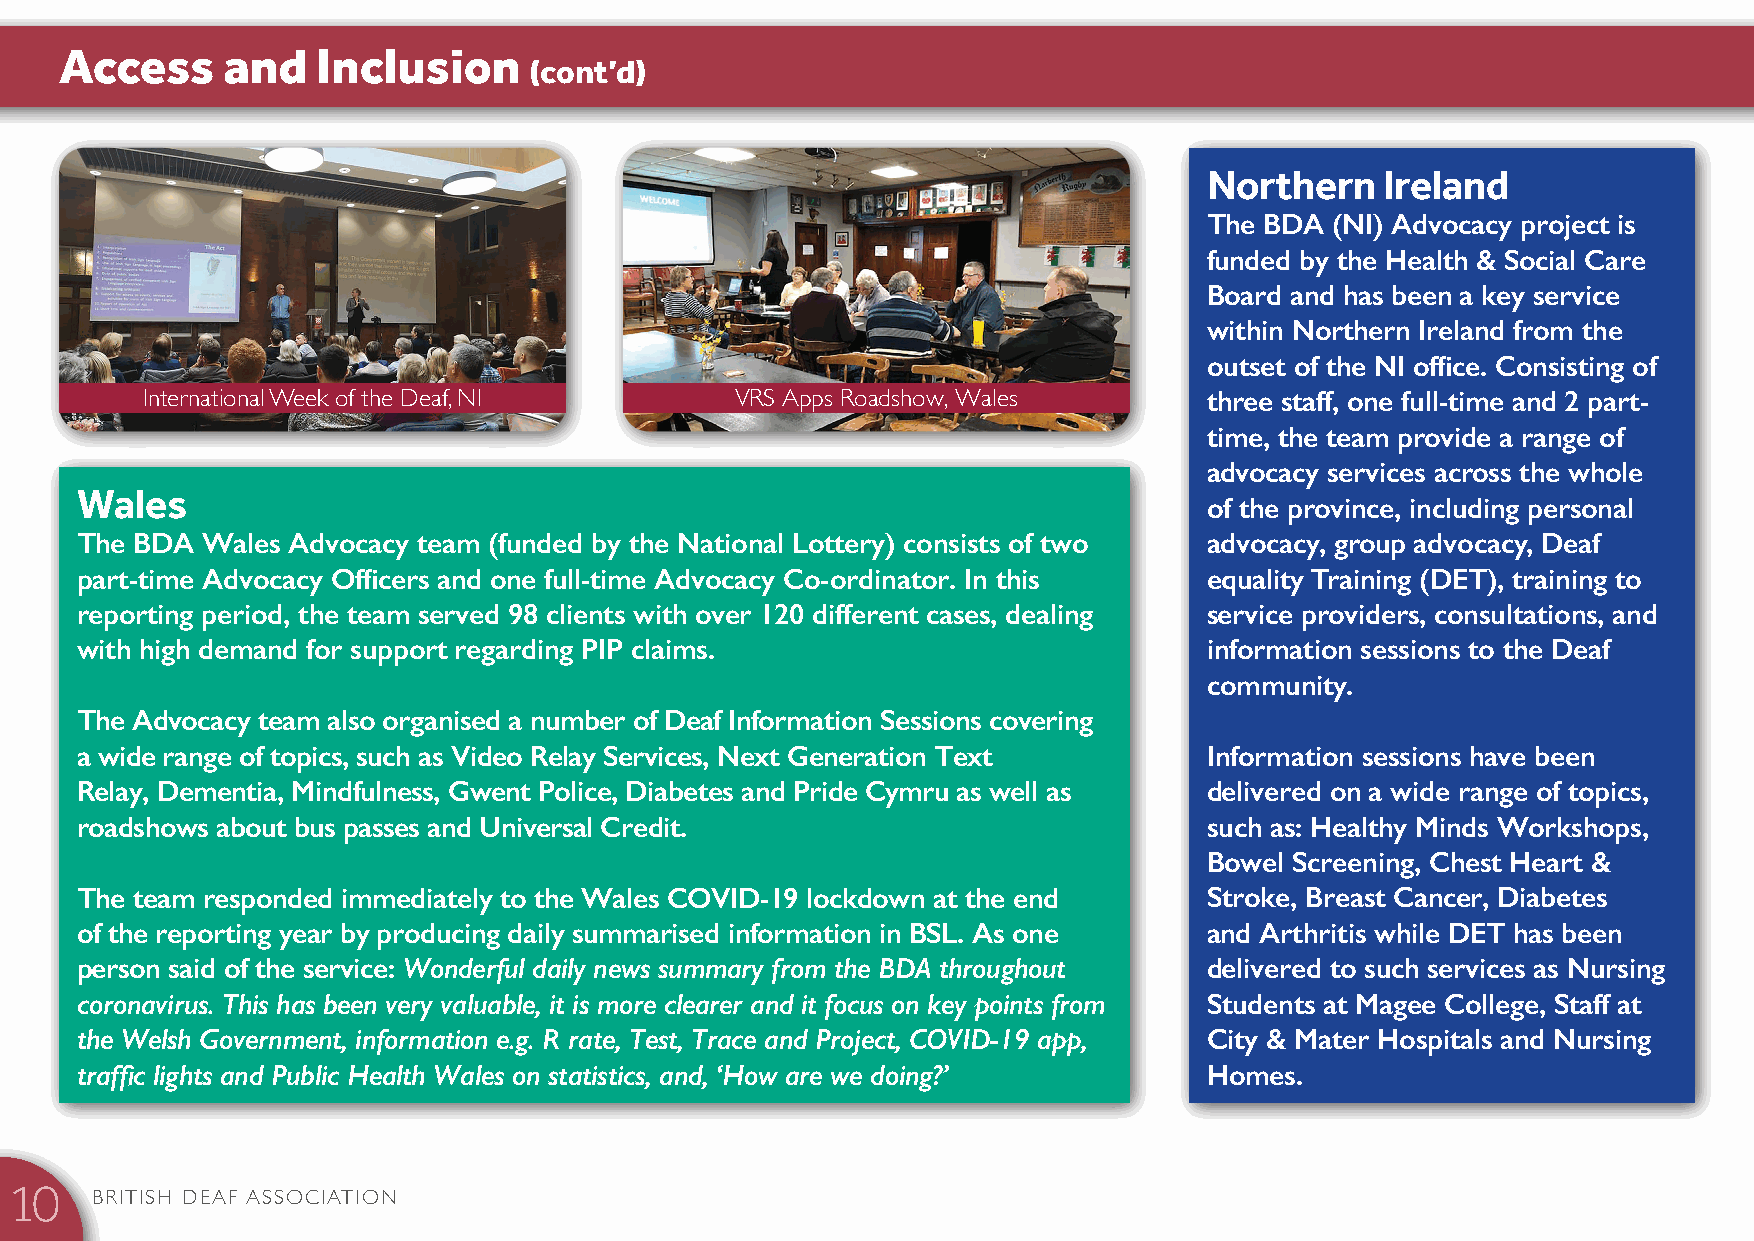
Access     and   Inclusion     (cont’d)
 Northern    Ireland
 The BDA (NI) Advocacy project is
 funded by the Health & Social Care
 Board and has been a key service
 within Northern Ireland from the
 outset of the NI office. Consisting of
 International Week of the Deaf, NI      VRS Apps Roadshow, Wales       three staff, one full-time and 2 part-
 time, the team provide a range of
 advocacy services across the whole
 Wales
 of the province, including personal
 The BDA Wales Advocacy team (funded by the National Lottery) consists of two advocacy, group advocacy, Deaf
 part-time Advocacy Officers and one full-time Advocacy Co-ordinator. In this equality Training (DET), training to
 reporting period, the team served 98 clients with over 120 different cases, dealing service providers, consultations, and
 with high demand for support regarding PIP claims.                         information sessions to the Deaf
 community.
 The Advocacy team also organised a number of Deaf Information Sessions covering
 a wide range of topics, such as Video Relay Services, Next Generation Text Information sessions have been
 Relay, Dementia, Mindfulness, Gwent Police, Diabetes and Pride Cymru as well as delivered on a wide range of topics,
 roadshows about bus passes and Universal Credit.                           such as: Healthy Minds Workshops,
 Bowel Screening, Chest Heart &
 The team responded immediately to the Wales COVID-19 lockdown at the end   Stroke, Breast Cancer, Diabetes
 of the reporting year by producing daily summarised information in BSL. As one and Arthritis while DET has been
 person said of the service: Wonderful daily news summary from the BDA throughout delivered to such services as Nursing
 coronavirus. This has been very valuable, it is more clearer and it focus on key points from Students at Magee College, Staff at
 the Welsh Government, information e.g. R rate, Test, Trace and Project, COVID-19 app, City & Mater Hospitals and Nursing
 traffic lights and Public Health Wales on statistics, and, ‘How are we doing?’ Homes.
 BRITISH DEAF ASSOCIATION
 10